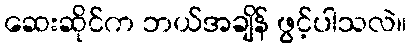
ဆေးဆိုင်က ဘယ်အချိန် ဖွင့်ပါသလဲ။